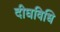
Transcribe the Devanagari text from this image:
दीघविधि